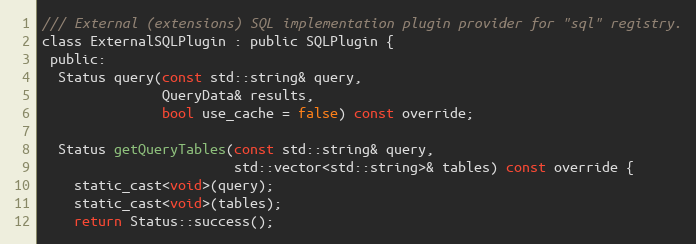
Language: C
/// External (extensions) SQL implementation plugin provider for "sql" registry.
class ExternalSQLPlugin : public SQLPlugin {
 public:
  Status query(const std::string& query,
               QueryData& results,
               bool use_cache = false) const override;

  Status getQueryTables(const std::string& query,
                        std::vector<std::string>& tables) const override {
    static_cast<void>(query);
    static_cast<void>(tables);
    return Status::success();